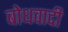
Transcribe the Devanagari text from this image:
बोधवादी